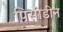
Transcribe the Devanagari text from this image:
पिसीडीन